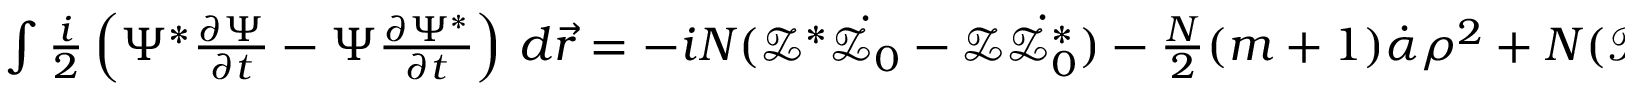
\begin{array} { r } { \int \frac { i } { 2 } \left( \Psi ^ { * } \frac { \partial \Psi } { \partial t } - \Psi \frac { \partial \Psi ^ { * } } { \partial t } \right) \, d \vec { r } = - i N ( \mathcal { Z } ^ { * } \dot { \mathcal { Z } _ { 0 } } - \mathcal { Z } \dot { \mathcal { Z } _ { 0 } ^ { * } } ) - \frac { N } { 2 } ( m + 1 ) \dot { \mathcal { \alpha } } \rho ^ { 2 } + N ( \mathcal { P } ^ { * } \dot { \mathcal { Z } _ { 0 } } + \mathcal { P } \dot { \mathcal { Z } _ { 0 } ^ { * } } ) . } \end{array}